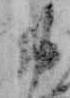
お